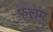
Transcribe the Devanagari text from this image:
फलम